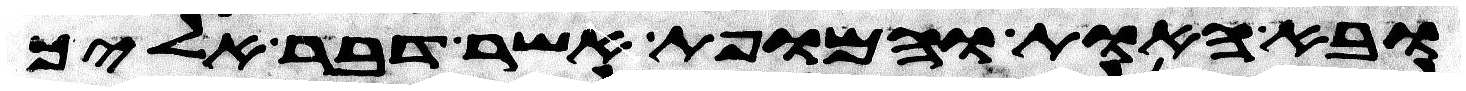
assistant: ובא האות והמופת אשר דבר אליך